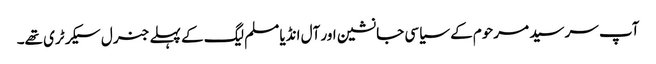
آپ سر سید مرحوم کے سیاسی جانشین اور آل انڈیا مسلم لیگ کے پہلے جنرل سیکرٹری تھے۔